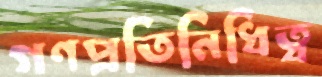
গণপ্রতিনিধিত্ব